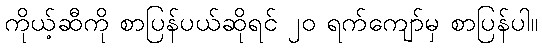
ကိုယ့်ဆီကို စာပြန်ပယ်ဆိုရင် ၂၀ ရက်ကျော်မှ စာပြန်ပါ။